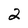
Character: 2